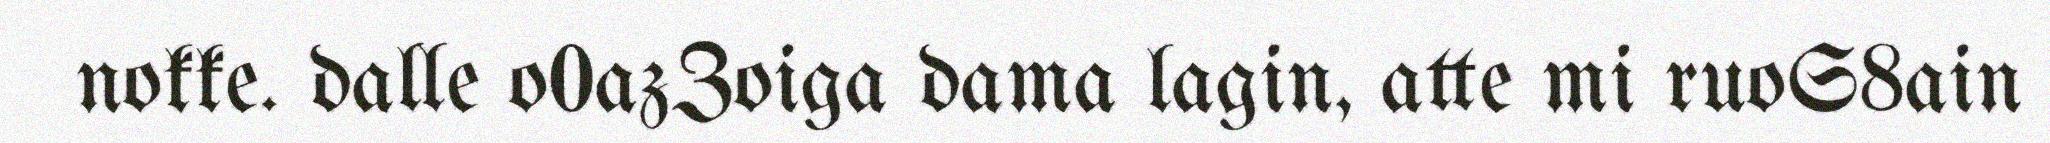
nokke. dalle o0azZoiga dama lagin, atte mi ruoS8ain